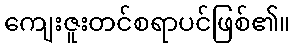
ကျေးဇူးတင်စရာပင်ဖြစ်၏။